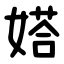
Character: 㜓